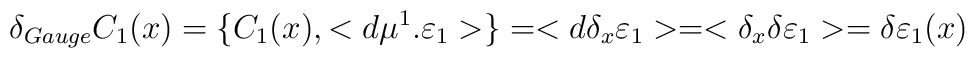
\delta_{Gauge}C_1(x)=\{C_1(x),<d\mu^1.\varepsilon_1>\}=<d\delta_x\varepsilon_1>=<\delta_x\delta\varepsilon_1>=\delta\varepsilon_1(x)